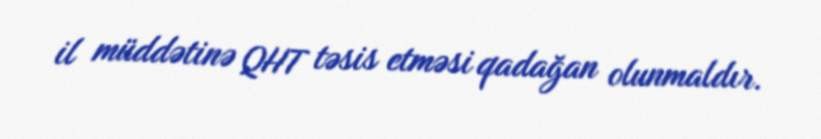
il müddətinə QHT təsis etməsi qadağan olunmaldır.